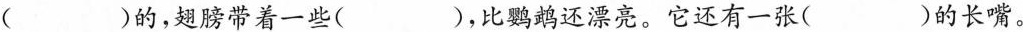
（）的，翅膀带着一些( )，比鹦鹉还漂亮。它还有一张( )的长嘴。